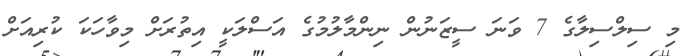
މި ސިލްސިލާގެ 7 ވަނަ ސީޒަނުން ނިންމާލުމުގެ އަސްލަކީ އިތުރަށް މިވާހަކަ ކުރިއަށް